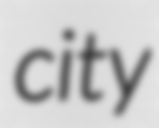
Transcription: city